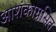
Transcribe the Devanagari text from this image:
आशंकाग्रसित